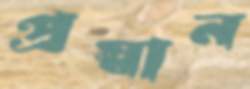
প্রস্বান